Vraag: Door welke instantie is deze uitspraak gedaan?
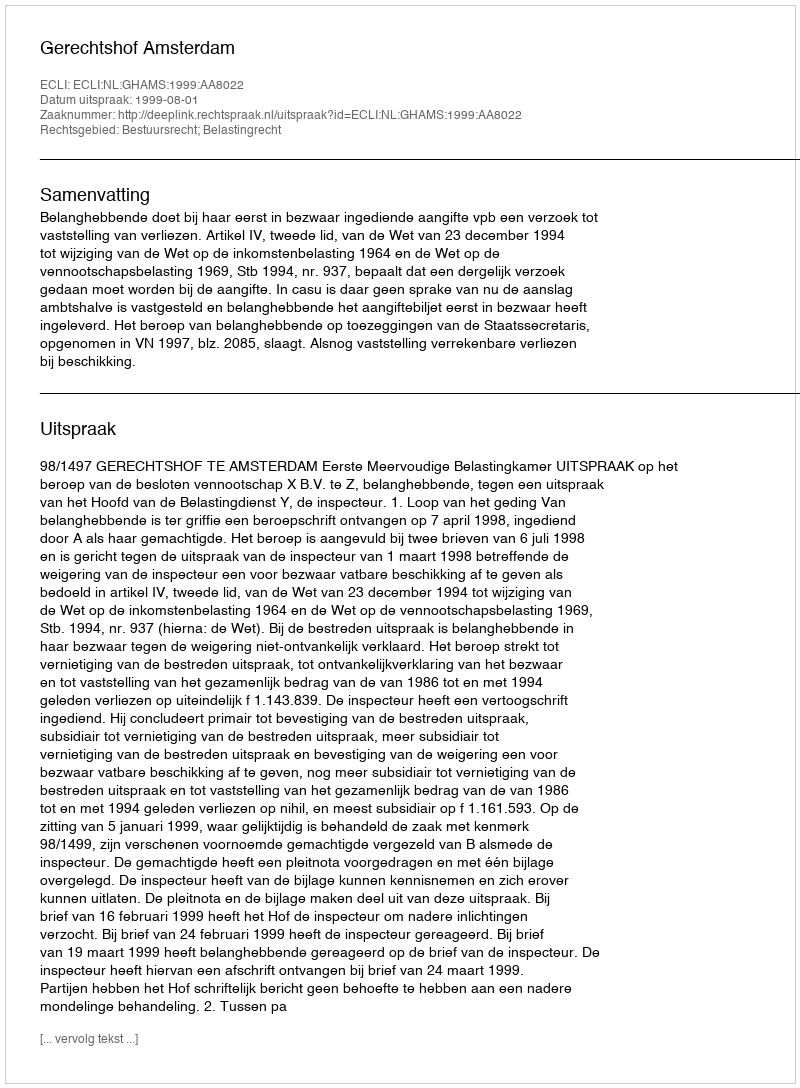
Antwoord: Gerechtshof Amsterdam